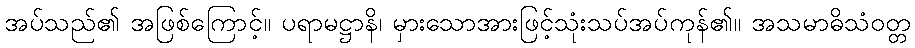
အပ်သည်၏ အဖြစ်ကြောင့်။ ပရာမဋ္ဌာနိ၊ မှားသောအားဖြင့်သုံးသပ်အပ်ကုန်၏။ အသမာဓိသံဝတ္တ